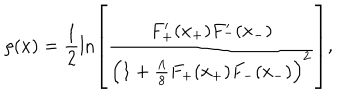
\rho ( x ) = \frac { 1 } { 2 } \ln \left[ \frac { F _ { + } ^ { \prime } ( x _ { + } ) F _ { - } ^ { \prime } ( x _ { - } ) } { \left( 1 + \frac { \Lambda } { 8 } F _ { + } ( x _ { + } ) F _ { - } ( x _ { - } ) \right) ^ { 2 } } \right] ,